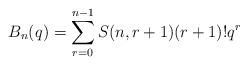
LaTeX: \begin{align*} B_n(q) = \sum_{r=0}^{n-1}S(n,r+1)(r+1)!q^r\end{align*}